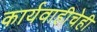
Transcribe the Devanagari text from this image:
कार्यवाहीचेही